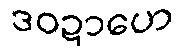
ဒဝဍာဟေ